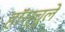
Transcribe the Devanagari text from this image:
हॉस्चुले